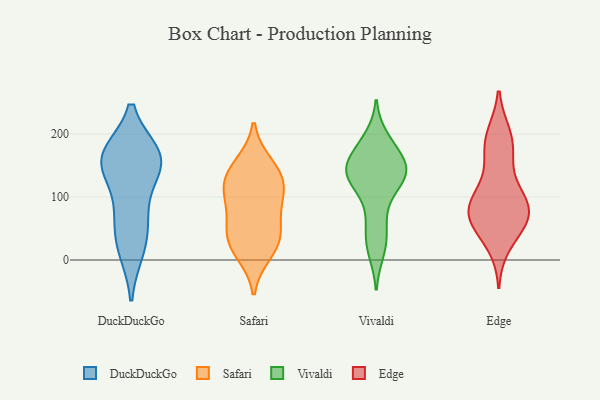
{"axis": {"x": "Temperature (°C)", "y": "Value"}, "legend": ["DuckDuckGo", "Edge", "Safari", "Vivaldi"], "data": [{"x": "", "y": 155, "type": "DuckDuckGo"}, {"x": "", "y": 17, "type": "DuckDuckGo"}, {"x": "", "y": 69, "type": "DuckDuckGo"}, {"x": "", "y": 163, "type": "DuckDuckGo"}, {"x": "", "y": 160, "type": "DuckDuckGo"}, {"x": "", "y": 148, "type": "DuckDuckGo"}, {"x": "", "y": 166, "type": "DuckDuckGo"}, {"x": "", "y": 25, "type": "DuckDuckGo"}, {"x": "", "y": 163, "type": "DuckDuckGo"}, {"x": "", "y": 77, "type": "DuckDuckGo"}, {"x": "", "y": 131, "type": "Safari"}, {"x": "", "y": 11, "type": "Safari"}, {"x": "", "y": 102, "type": "Safari"}, {"x": "", "y": 114, "type": "Safari"}, {"x": "", "y": 23, "type": "Safari"}, {"x": "", "y": 63, "type": "Safari"}, {"x": "", "y": 43, "type": "Safari"}, {"x": "", "y": 152, "type": "Safari"}, {"x": "", "y": 98, "type": "Safari"}, {"x": "", "y": 37, "type": "Safari"}, {"x": "", "y": 141, "type": "Safari"}, {"x": "", "y": 134, "type": "Vivaldi"}, {"x": "", "y": 139, "type": "Vivaldi"}, {"x": "", "y": 60, "type": "Vivaldi"}, {"x": "", "y": 139, "type": "Vivaldi"}, {"x": "", "y": 194, "type": "Vivaldi"}, {"x": "", "y": 33, "type": "Vivaldi"}, {"x": "", "y": 97, "type": "Vivaldi"}, {"x": "", "y": 126, "type": "Vivaldi"}, {"x": "", "y": 13, "type": "Vivaldi"}, {"x": "", "y": 167, "type": "Vivaldi"}, {"x": "", "y": 146, "type": "Vivaldi"}, {"x": "", "y": 143, "type": "Vivaldi"}, {"x": "", "y": 178, "type": "Vivaldi"}, {"x": "", "y": 79, "type": "Edge"}, {"x": "", "y": 161, "type": "Edge"}, {"x": "", "y": 56, "type": "Edge"}, {"x": "", "y": 178, "type": "Edge"}, {"x": "", "y": 198, "type": "Edge"}, {"x": "", "y": 73, "type": "Edge"}, {"x": "", "y": 194, "type": "Edge"}, {"x": "", "y": 110, "type": "Edge"}, {"x": "", "y": 67, "type": "Edge"}, {"x": "", "y": 88, "type": "Edge"}, {"x": "", "y": 81, "type": "Edge"}, {"x": "", "y": 57, "type": "Edge"}, {"x": "", "y": 25, "type": "Edge"}, {"x": "", "y": 102, "type": "Edge"}]}